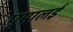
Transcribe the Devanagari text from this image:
पूमालई